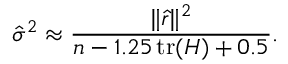
{ \hat { \sigma } } ^ { 2 } \approx { \frac { \| { \hat { r } } \| ^ { 2 } } { n - 1 . 2 5 \operatorname { t r } ( H ) + 0 . 5 } } .